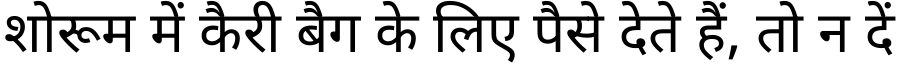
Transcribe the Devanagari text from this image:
शोरूम में कैरी बैग के लिए पैसे देते हैं, तो न दें